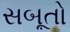
સબૂતો